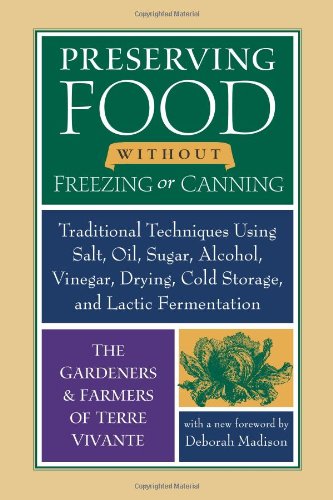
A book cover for Preserving Food without Freezing or Canning: Traditional Techniques Using Salt, Oil, Sugar, Alcohol, Vinegar, Drying, Cold Storage, and Lactic Fermentation; The Gardeners and Farmers of Centre Terre Vivante; Cookbooks, Food & Wine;